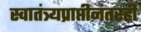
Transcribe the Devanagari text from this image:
स्वातंत्र्यप्राप्तीनंतरही